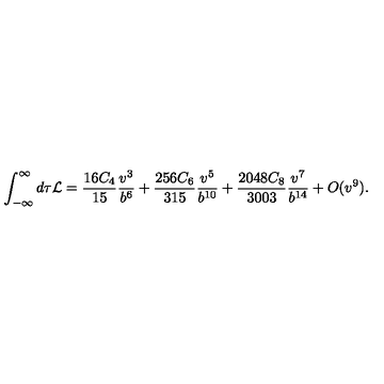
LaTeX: \int _ { - \infty } ^ { \infty } d \tau { \cal L } = \frac { 1 6 C _ { 4 } } { 1 5 } \frac { v ^ { 3 } } { b ^ { 6 } } + \frac { 2 5 6 C _ { 6 } } { 3 1 5 } \frac { v ^ { 5 } } { b ^ { 1 0 } } + \frac { 2 0 4 8 C _ { 8 } } { 3 0 0 3 } \frac { v ^ { 7 } } { b ^ { 1 4 } } + O ( v ^ { 9 } ) .